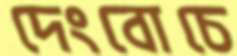
দেংবোচে